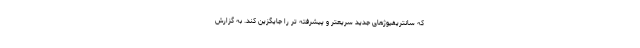
که سانتریفیوژهای جدید سریعتر و پیشرفته تر را جایگزین کند. به گزارش